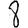
Digit: 8